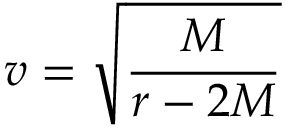
v = { \sqrt { \frac { M } { r - 2 M } } }